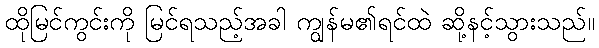
ထိုမြင်ကွင်းကို မြင်ရသည့်အခါ ကျွန်မ၏ရင်ထဲ ဆို့နင့်သွားသည်။